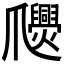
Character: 𤕉